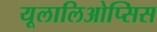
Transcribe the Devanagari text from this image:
यूलालिओप्सिस